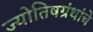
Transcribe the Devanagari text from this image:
ज्योतिषग्रंथांचे